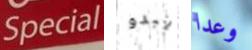
Special يبدو وعدا